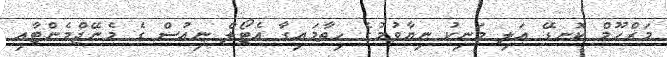
މަރްހޫމް ކޮނޑޭ އަލި މަނިކު ނިޔާވުމުގެ ހިތާމައިގާ އެޓޯލް ނިއުސް ގެ މެނޭޖްމެންޓާއި